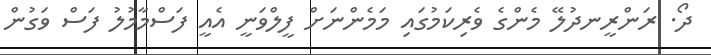
ދޯ. ރަންރީނދުލޭ މެންގެ ވެރިކަމުގައި މަމެންނަށް ފީލްވަނީ އެއީ ފަސްމާމުލު ފަސް ވަގުން